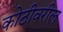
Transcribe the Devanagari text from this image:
कोठीवरील